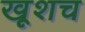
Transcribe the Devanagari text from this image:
खूशच